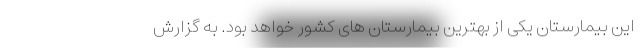
این بیمارستان یکی از بهترین بیمارستان های کشور خواهد بود. به گزارش